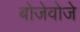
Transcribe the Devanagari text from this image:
बोजेवोजे